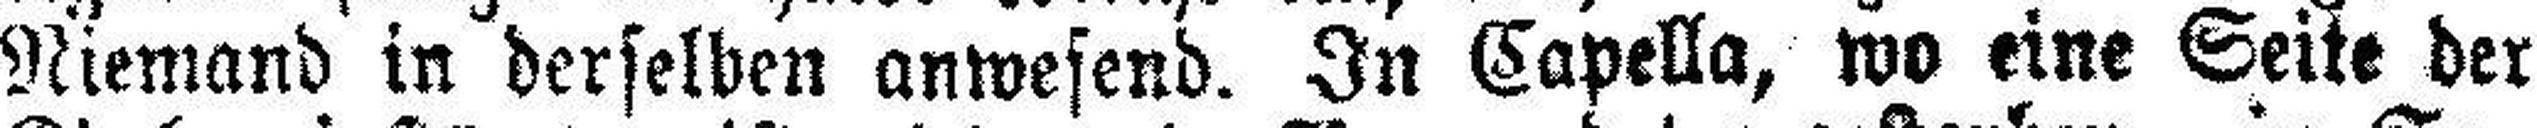
Niemand in derselben anwesend. In Capella, wo eine Seite der